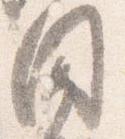
闍